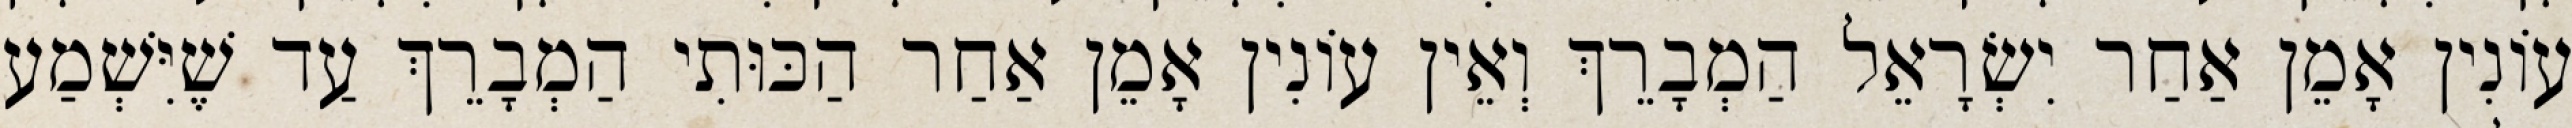
עוֹנִין אָמֵן אַחַר יִשְׂרָאֵל הַמְבָרֵךְ וְאֵין עוֹנִין אָמֵן אַחַר הַכּוּתִי הַמְבָרֵךְ עַד שֶׁיִּשְׁמַע